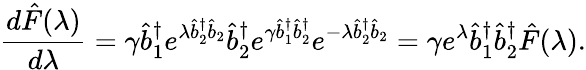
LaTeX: \frac{d\hat{F}(\lambda)}{d\lambda}=\gamma\hat{b}_{1}^{\dagger}e^{\lambda\hat{b}_{2}^{\dagger}\hat{b}_{2}}\hat{b}_{2}^{\dagger}e^{\gamma\hat{b}_{1}^{\dagger}\hat{b}_{2}^{\dagger}}e^{-\lambda\hat{b}_{2}^{\dagger}\hat{b}_{2}}=\gamma e^{\lambda}\hat{b}_{1}^{\dagger}\hat{b}_{2}^{\dagger}\hat{F}(\lambda).